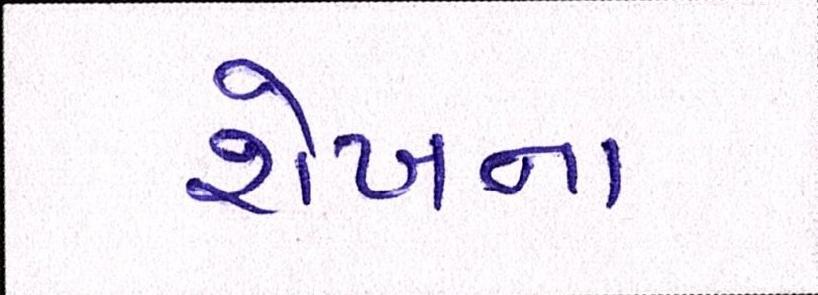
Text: શેખના